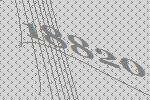
18820